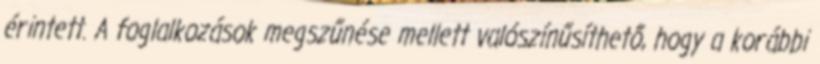
érintett. A foglalkozások megszűnése mellett valószínűsíthető, hogy a korábbi